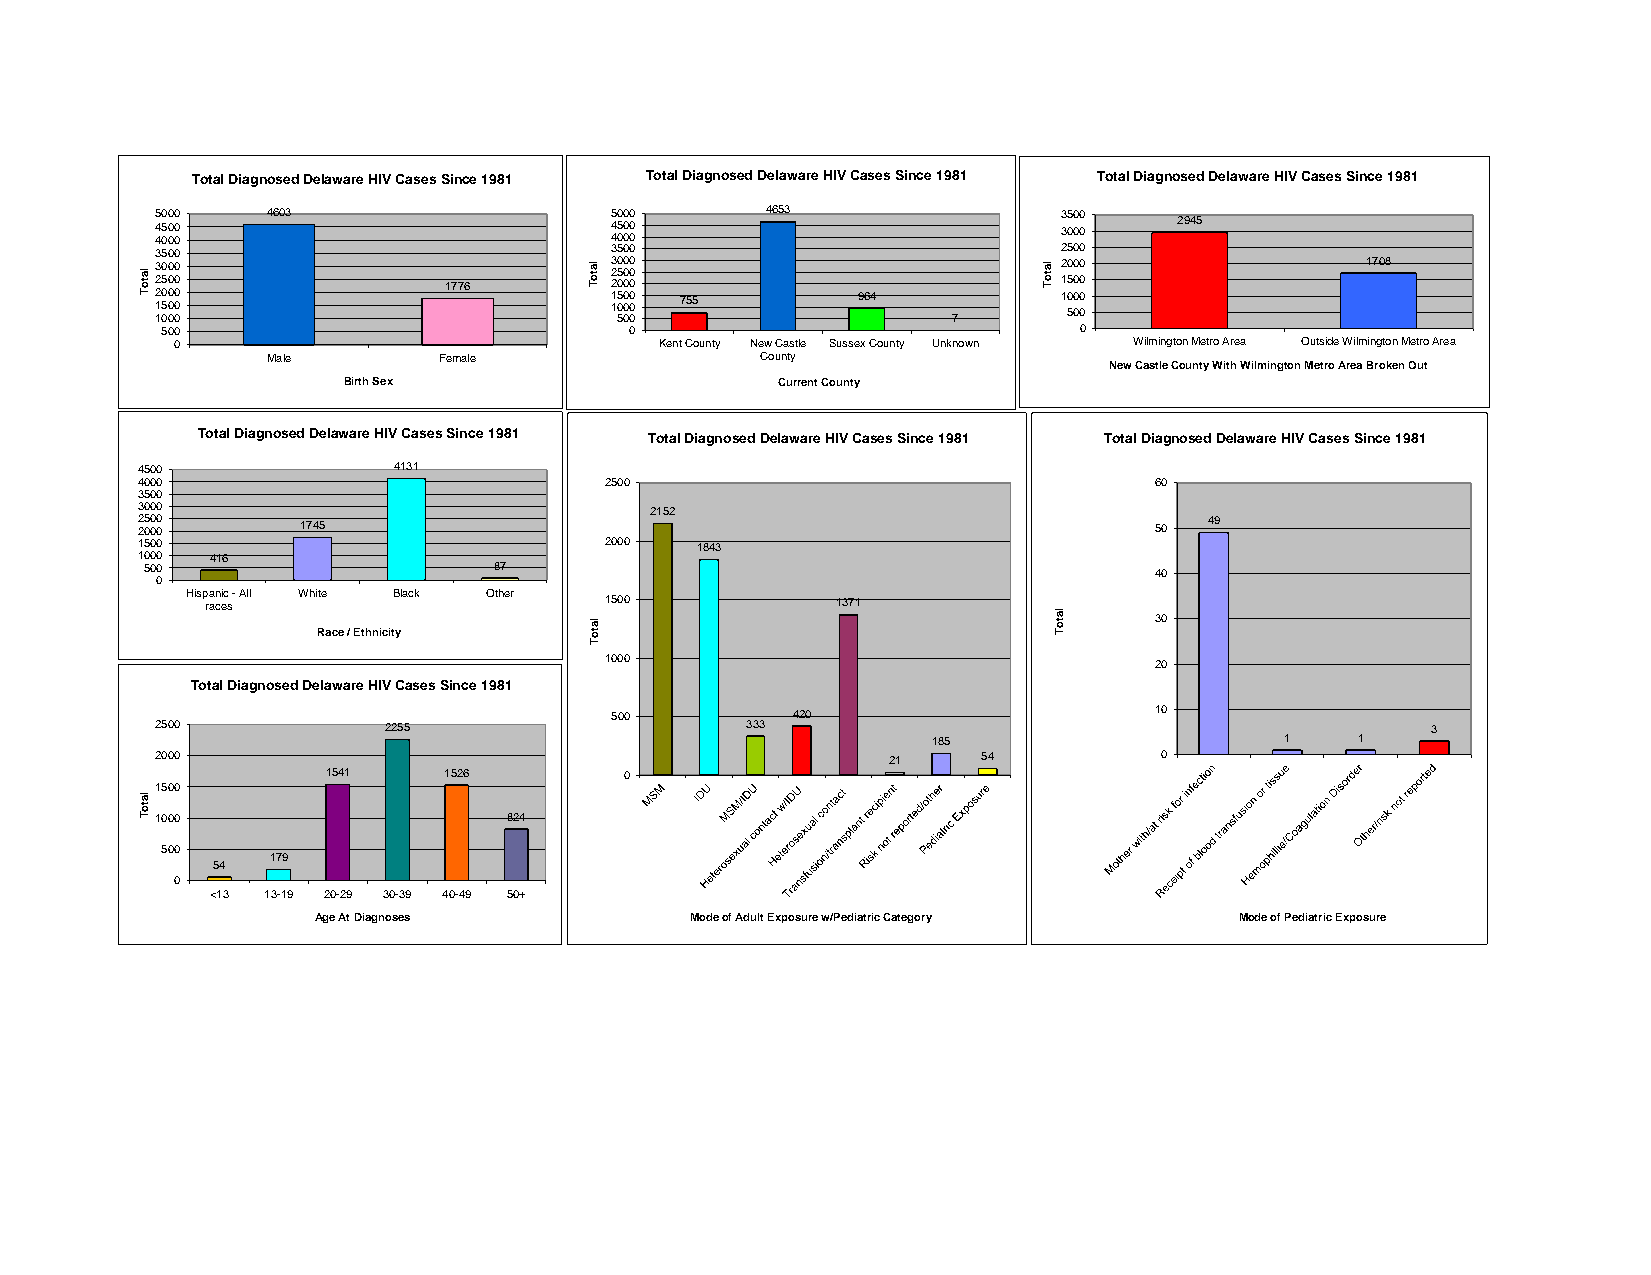
Total Diagnosed Delaware HIV Cases Since 1981 Total Diagnosed Delaware HIV Cases Since 1981 Total Diagnosed Delaware HIV Cases Since 1981
 445 050 000 000 4603          445 5 00 0 00 0 00 4653       335 00 00 0 2945
 3500                          3500                          2500
 la
 to
 T
 11223 5050 00000 00000
 0
 1776
 lato
 T
 11223 055 00 5000 00 0000 00
 0
 755         964
 7
 lato
 T
 112 5050 0000 0000  1708
 500                            0                            0
 0                               Kent County New Castle Sussex County Unknown Wilmington Metro Area Outside Wilmington Metro Area
 Male       Female               County
 New Castle County With Wilmington Metro Area Broken Out
 Birth Sex                   Current County
 Total Diagnosed Delaware HIV Cases Since 1981 Total Diagnosed Delaware HIV Cases Since 1981 Total Diagnosed Delaware HIV Cases Since 1981
 4500             4131
 4000                           2500                                60
 3500
 3000                              2152
 22 05 00 00 1745                                                   50  49
 1500                           2000  1843
 1000 416
 500                    87                                         40
 0
 Hisp ra an ceic s - All White Black Other 1500 1371
 Race / Ethnicity
 lato                           lato
 T
 30
 T
 1000                                20
 Total Diagnosed Delaware HIV Cases Since 1981
 500         420                     10
 2500           2255                    333                                           3
 185                    1    1
 2000                                             21    54          0
 1541   1526        0
 1500
 la
 to
 T1000                    824
 500
 179
 54
 0
 <13 13-19 20-29 30-39 40-49 50+
 Age At Diagnoses         Mode of Adult Exposure w/Pediatric Category Mode of Pediatric Exposure